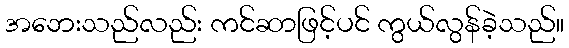
အဘေးသည်လည်း ကင်ဆာဖြင့်ပင် ကွယ်လွန်ခဲ့သည်။